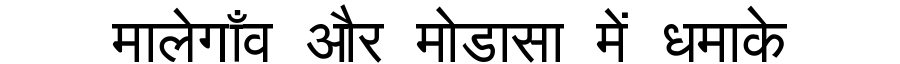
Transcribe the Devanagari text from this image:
मालेगाँव और मोडासा में धमाके